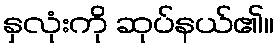
နှလုံးကို ဆုပ်နယ်၏။